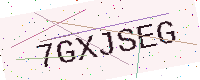
Text: 7GXJSEG